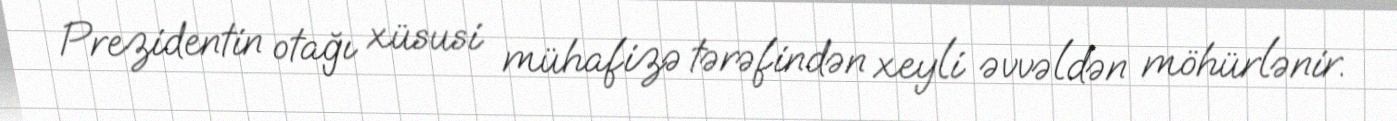
Prezidentin otağı xüsusi mühafizə tərəfindən xeyli əvvəldən möhürlənir.